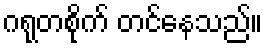
ဂရုတစိုက် တင်နေသည်။